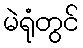
မဲရုံတွင်